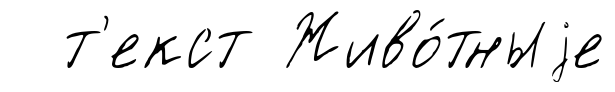
т'екст Живо́тныjе